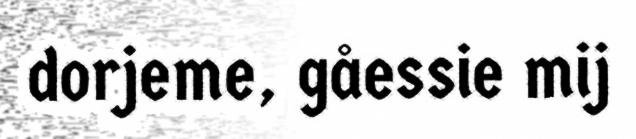
dorjeme, gåessie mij